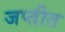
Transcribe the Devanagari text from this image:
जप्तीत